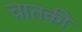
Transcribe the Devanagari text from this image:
चातकी